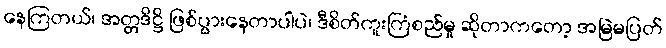
နေကြတယ်၊ အတ္တဒိဋ္ဌိ ဖြစ်ပွားနေတာပါပဲ၊ ဒီစိတ်ကူးကြံစည်မှု ဆိုတာကတော့ အမြဲမပြတ်